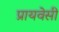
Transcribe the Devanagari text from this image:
प्रायवेसी